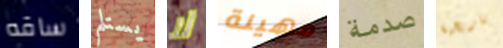
ساقه يستلم لا مهينة صدمة تاريخية